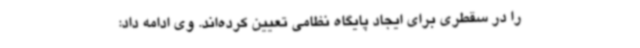
را در سقطری برای ایجاد پایگاه نظامی تعیین کرده‌اند. وی ادامه داد: